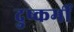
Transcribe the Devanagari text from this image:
दुष्कर्मी